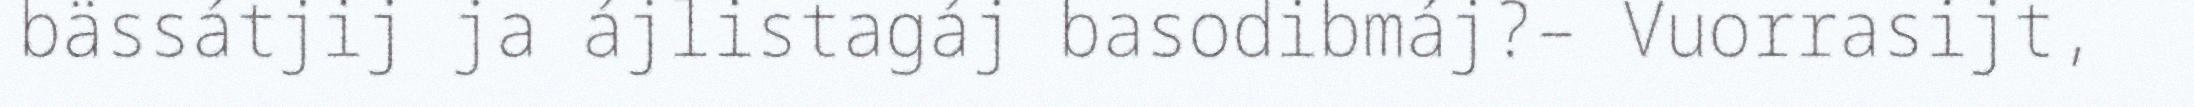
bässátjij ja ájlistagáj basodibmáj?– Vuorrasijt,